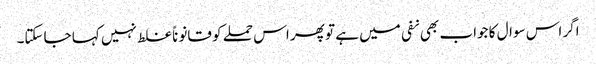
اگر اس سوال کا جواب بھی نفی میں ہے تو پھر اس حملے کو قانوناً غلط نہیں کہا جاسکتا۔